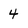
Character: 4